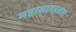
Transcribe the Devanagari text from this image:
महासागरतल